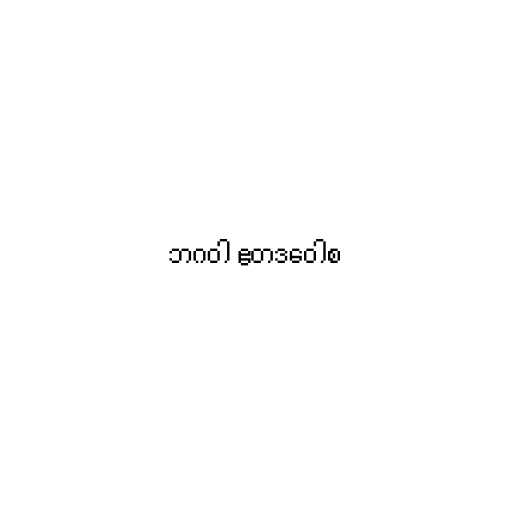
ဘဂဝါ ဧတဒဝေါစ